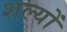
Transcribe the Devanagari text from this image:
शल्यों